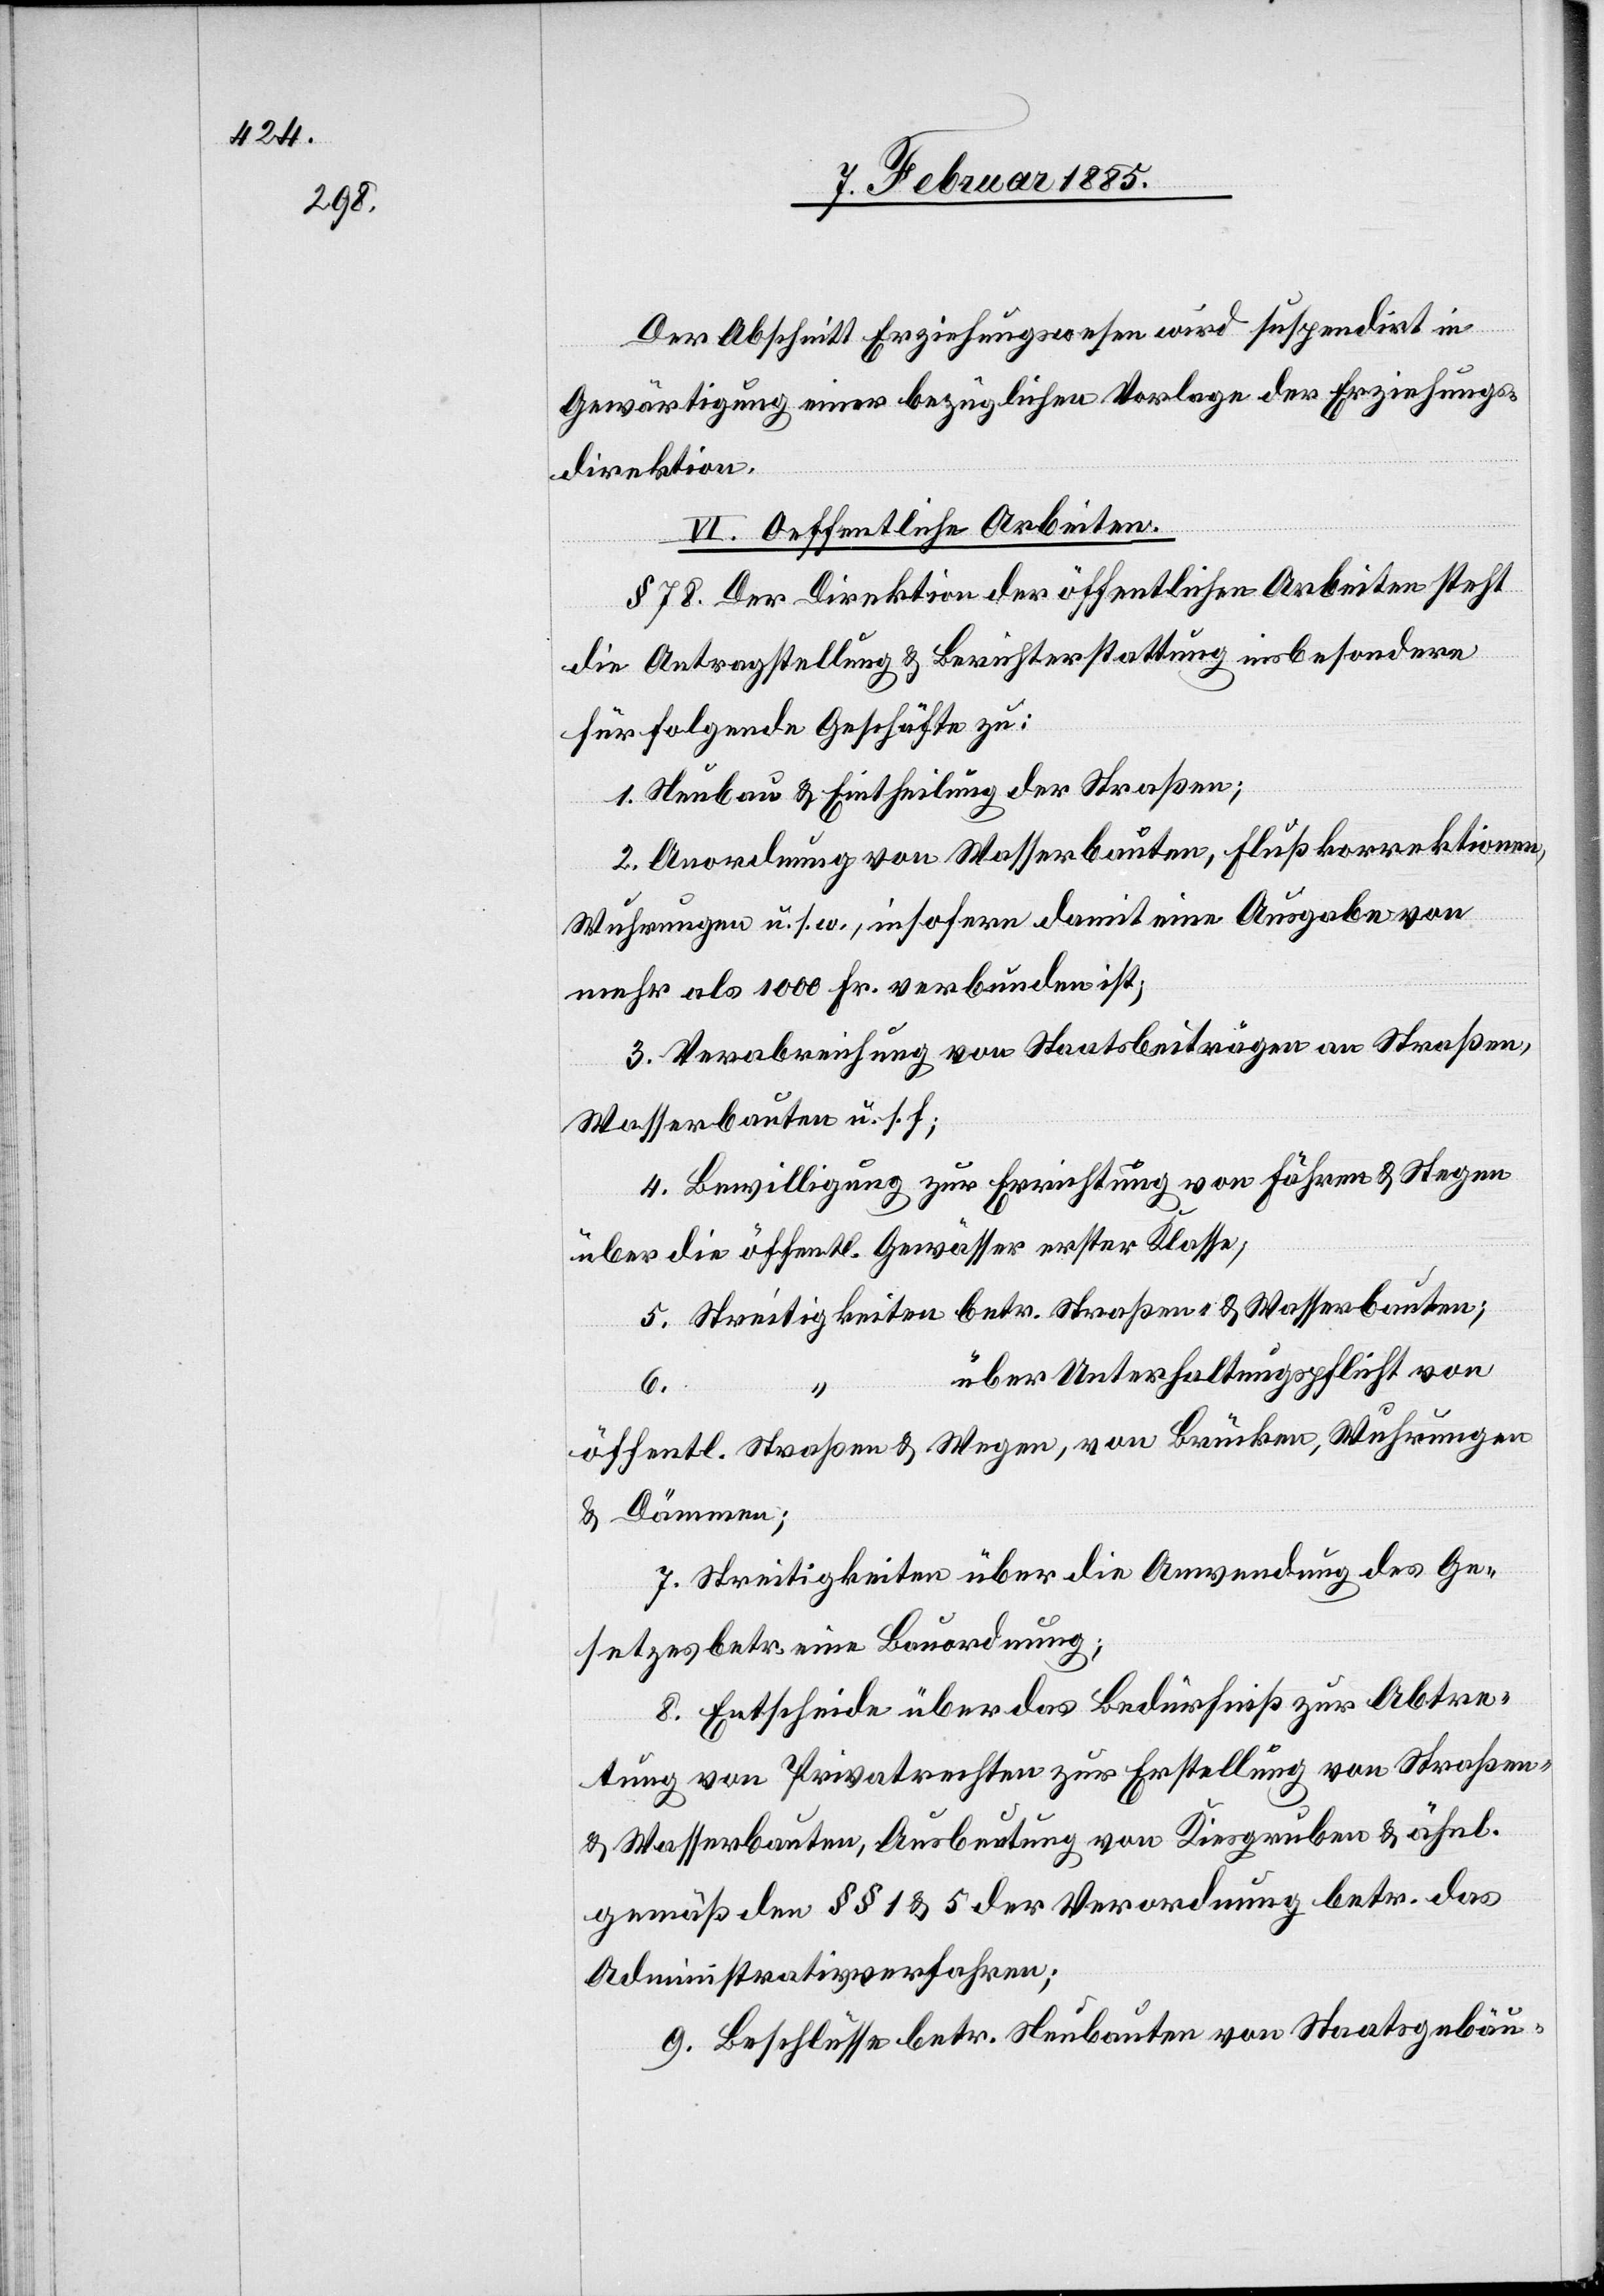
Der Abschnitt Erziehungswesen wird suspendirt in
Gewärtigung einer bezüglichen Vorlage der Erziehungs¬
direktion.
VI. Oeffentliche Arbeiten.
§ 78. Der Direktion der öffentlichen Arbeiten steht
die Antragstellung & Berichterstattung insbesondere
für folgende Geschäfte zu:
1. Neubau & Eintheilung der Straßen;
2. Anordnung von Wasserbauten, Flußkorrektionen,
Wuhrungen u. s. w., insofern damit eine Ausgabe von
mehr als 1000 Fr. verbunden ist;
3. Verabreichung von Staatsbeiträgen an Straßen,
Wasserbauten u. s. f.;
4. Bewilligung zur Errichtung von Fähren & Stegen
über die öffentl. Gewässer erster Klasse;
5. Streitigkeiten betr. Straßen- & Wasserbauten;
über Unterhaltungspflicht von
6.
öffentl. Straßen & Wegen, von Brücken, Wuhrungen
& Dämmen.
7. Streitigkeiten über die Anwendung des Ge¬
setzes betr. eine Bauordnung;
8. Entscheide über das Bedürfniß zur Abtre¬
tung von Privatrechten zur Erstellung von Straßen-
& Wasserbauten, Ausbeutung von Kiesgruben & ähnl.
gemäß den §§ 1 & 5 der Verordnung betr. das
Administrativverfahren;
9. Beschlüsse betr. Neubauten von Staatsgebäu-